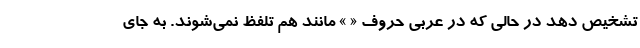
تشخیص دهد در حالی که در عربی حروف « » مانند هم تلفظ نمی‌شوند. به جای